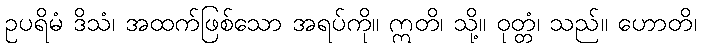
ဥပရိမံ ဒိသံ၊ အထက်ဖြစ်သော အရပ်ကို။ ဣတိ၊ သို့။ ဝုတ္တံ၊ သည်။ ဟောတိ၊